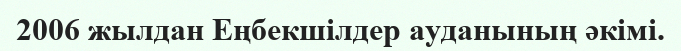
2006 жылдан Еңбекшілдер ауданының әкімі.